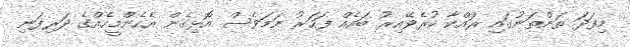
މިފަދަ ތަންތަނުގައި ރައްކާ ކުރެވޭއިރު ބައެއް ފަހަރު ނަމަވެސް އޮޅިގެން އެހެންމީހެއްގެ ދަރިފަނި